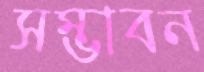
সম্ভাবন